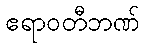
ဧရာဝတီဘဏ်